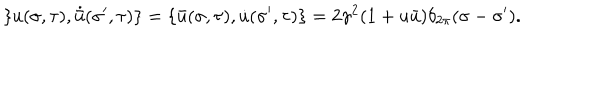
\{ u ( \sigma , \tau ) , \dot { \bar { u } } ( \sigma ^ { \prime } , \tau ) \} = \{ \bar { u } ( \sigma , \tau ) , \dot { u } ( \sigma ^ { \prime } , \tau ) \} = 2 \gamma ^ { 2 } ( 1 + u \bar { u } ) \delta _ { 2 \pi } ( \sigma - \sigma ^ { \prime } ) .